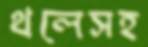
থলেসহ